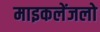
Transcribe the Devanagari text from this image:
माइकलेंजलो